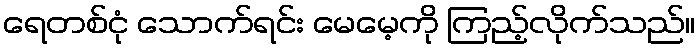
ရေတစ်ငုံ သောက်ရင်း မေမေ့ကို ကြည့်လိုက်သည်။